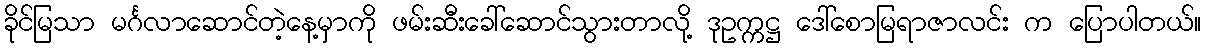
ခိုင်မြသာ မင်္ဂလာဆောင်တဲ့နေ့မှာကို ဖမ်းဆီးခေါ်ဆောင်သွားတာလို့ ဒုဥက္ကဋ္ဌ ဒေါ်စောမြရာဇာလင်း က ပြောပါတယ်။